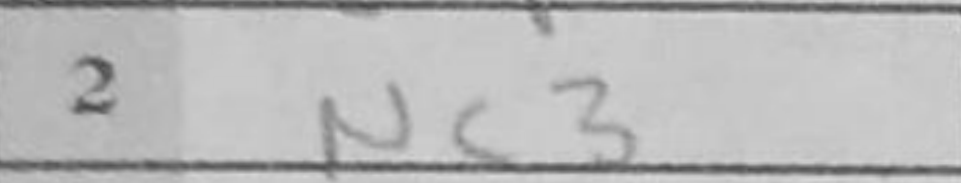
Transcription: Nc3